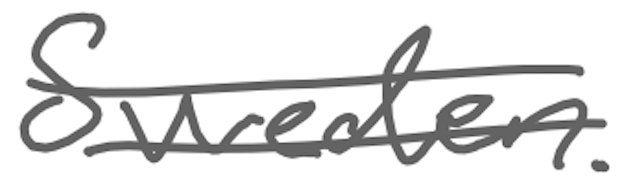
Text: Sweden.
Cross-out: double-line
Writing tool: digital_gray